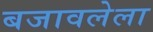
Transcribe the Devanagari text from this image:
बजावलेला